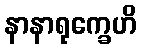
နာနာရုက္ခေဟိ